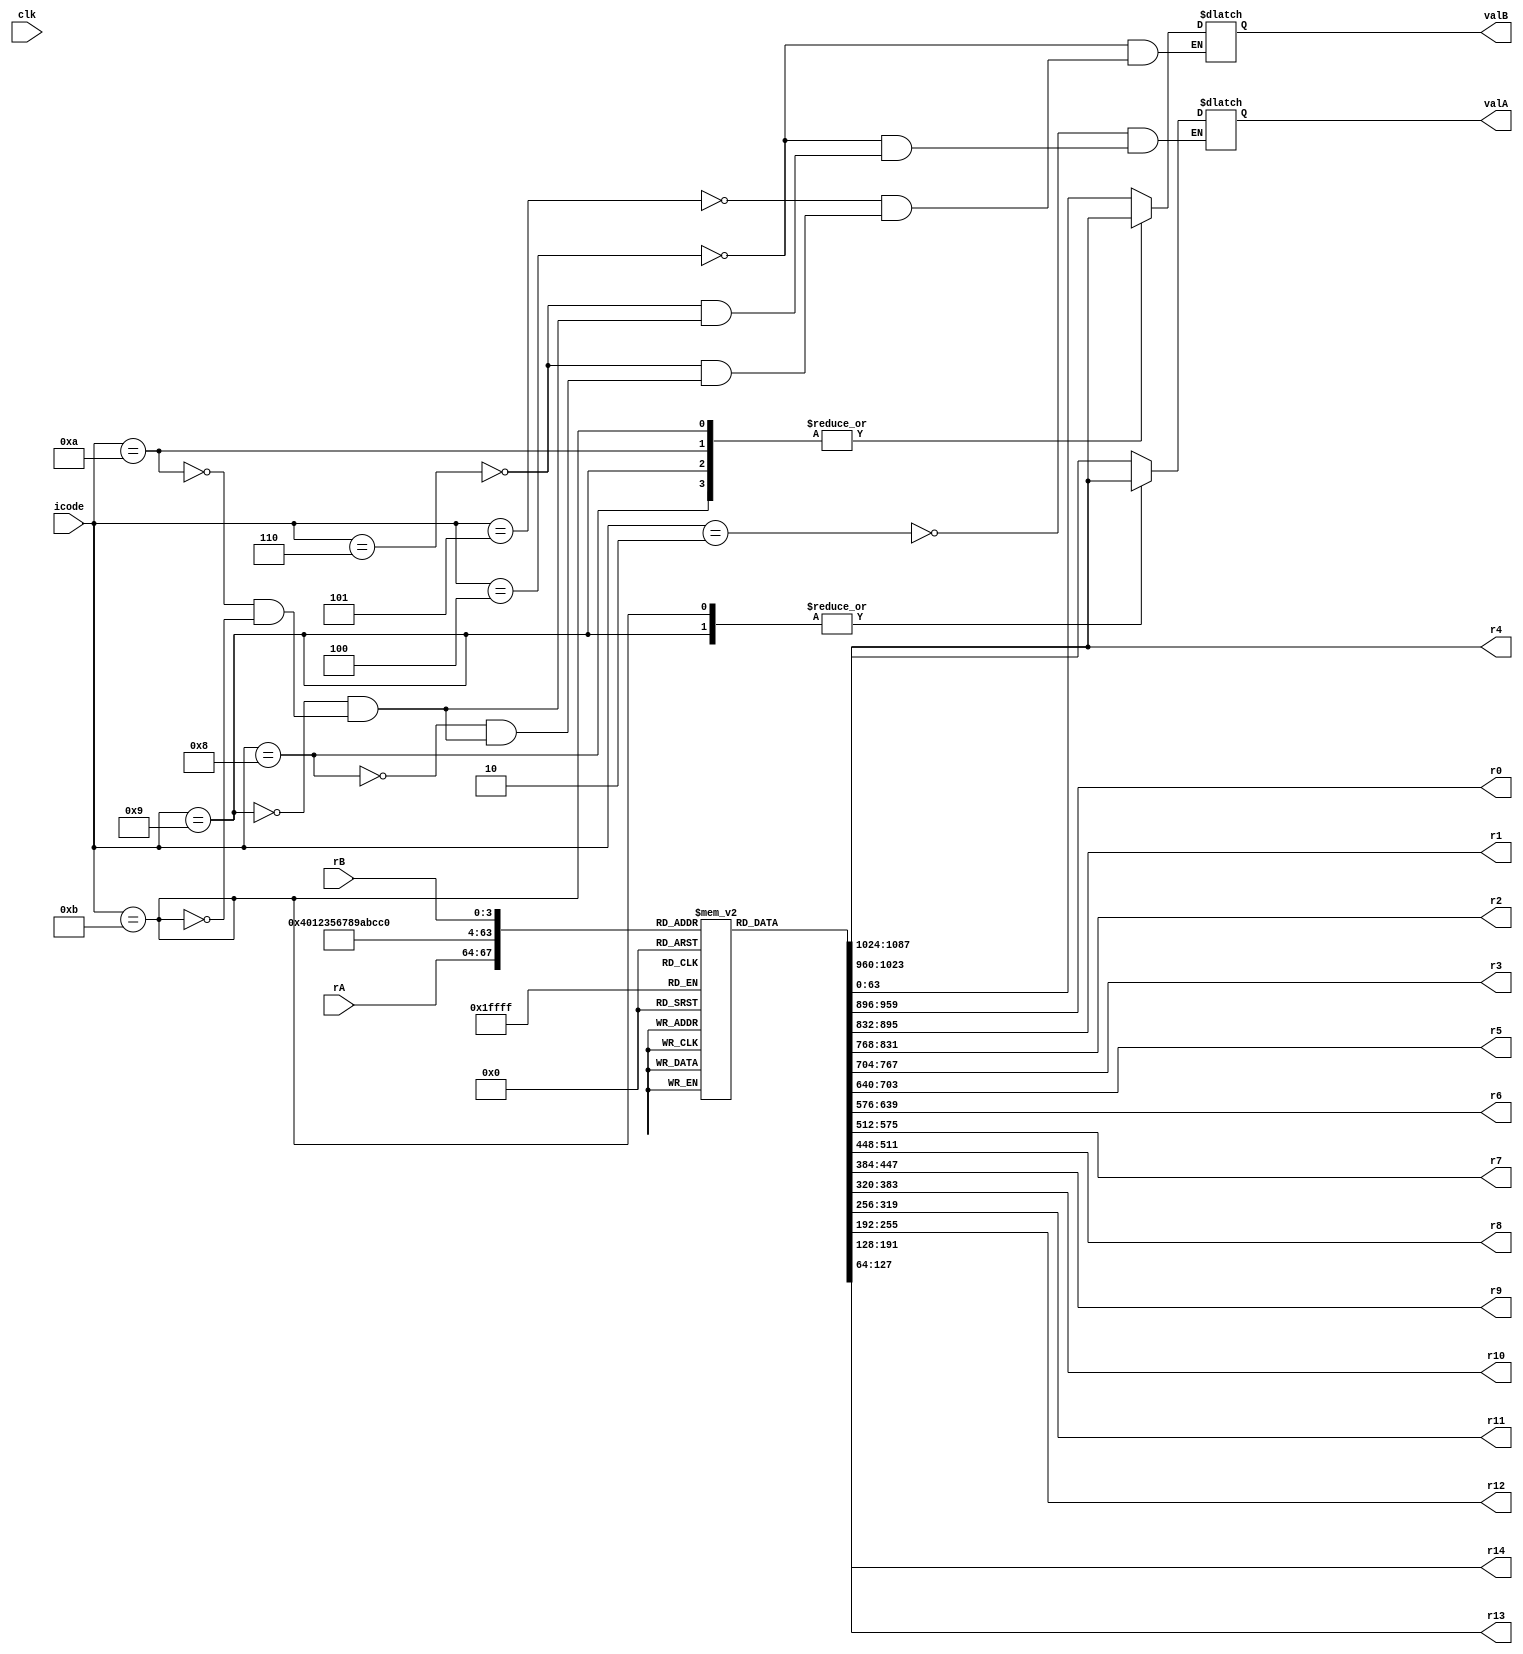
`timescale 1ns/10ps

module decode(clk, icode, rA, rB, r0, r1, r2, r3, r4, r5, r6, r7, r8, r9, r10, r11, r12, r13, r14, valA, valB);

//IMP -> you can't input a 2D array like reg_file to a module and so we input each register value on its own

input clk;
input [3:0]icode;
//input ifun[3:0];
input [3:0]rA;
input [3:0]rB;

output reg signed [63:0] r1;
output reg signed [63:0] r2;
output reg signed [63:0] r3;
output reg signed [63:0] r4;
output reg signed [63:0] r5;
output reg signed [63:0] r6;
output reg signed [63:0] r7;
output reg signed [63:0] r8;
output reg signed [63:0] r9;
output reg signed [63:0] r10;
output reg signed [63:0] r11;
output reg signed [63:0] r12;
output reg signed [63:0] r13;
output reg signed [63:0] r14;
output reg signed [63:0] r0;

output reg signed [63:0]valA;
output reg signed [63:0]valB;

reg signed [63:0]reg_file [0:14]; //15 reigsters of size 64 bits

//for the purpose of testing testbench
initial 
begin
reg_file[0] = 64'd5;
reg_file[1] = 64'd45;
reg_file[2] = -64'd90;
reg_file[3] = 64'd54;
reg_file[4] = 64'd32;  //stack pointer register
reg_file[5] = 64'd21;
reg_file[6] = 64'd56;
reg_file[7] = 64'd33;
reg_file[8] = -64'd77;
reg_file[9] = 64'd0;
reg_file[10] = 64'd34;
reg_file[11] = 64'd7;
reg_file[12] = 64'd5;
reg_file[13] = -64'd9;
reg_file[14] = 64'd16;
end

always @(*) //we need to do this at * and not just at posedge of clk because we need to make sure that the value of rA is first fetched and then only can we use it
begin
  case(icode)
    //halt - 4'b0000
    //nop - 4'b0001
    //cmovxx 
    4'b0010:
    begin
        valA = reg_file[rA];
    end

    //irmovq - 4'b0011
    //rmmovq
    4'b0100:
    begin
        valA = reg_file[rA];
        valB = reg_file[rB];
    end

    //mrmovq
    4'b0101:
    begin
        valB = reg_file[rB];
    end

    //opq
    4'b0110:
    begin
        valA = reg_file[rA];
        valB = reg_file[rB];
    end

    //jxx - 4'b0111
    //call
    4'b1000:
    begin
        valB = reg_file[4]; //register 4 is the stack pointer register (rsp)
    end

    //ret
    4'b1001:
    begin
        valA = reg_file[4];
        valB = reg_file[4];
    end

    //pushq
    4'b1010:
    begin
        valA = reg_file[rA];
        valB = reg_file[4];
    end

    //popq
    4'b1011:
    begin
        valA = reg_file[4];
        valB = reg_file[4];
    end
    endcase

    r0 = reg_file[0];
    r1 = reg_file[1];
    r2 = reg_file[2];
    r3 = reg_file[3];
    r4 = reg_file[4]; //stack pointer register
    r5 = reg_file[5];
    r6 = reg_file[6];
    r7 = reg_file[7];
    r8 = reg_file[8];
    r9 = reg_file[9];
    r10 = reg_file[10];
    r11 = reg_file[11];
    r12 = reg_file[12];
    r13 = reg_file[13];
    r14 = reg_file[14];
end

endmodule